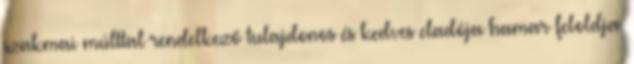
szakmai múlttal rendelkező tulajdonos és kedves eladója hamar feloldja.